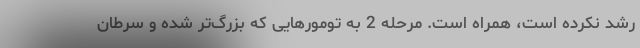
رشد نکرده است، همراه است. مرحله 2 به تومورهایی که بزرگ‌تر شده و سرطان